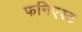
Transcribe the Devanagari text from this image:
फनिएस्ट